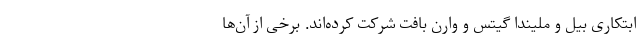
ابتکاری بیل و ملیندا گیتس و وارن بافت شرکت کرده‌اند. برخی از آن‌ها